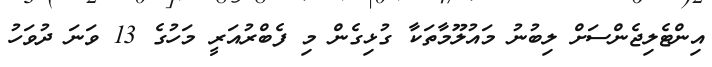
އިންޓެލިޖެންސަށް ލިބުނު މައުލޫމާތަކާ ގުޅިގެން މި ފެބްރުއަރީ މަހުގެ 13 ވަނަ ދުވަހު